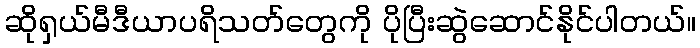
ဆိုရှယ်မီဒီယာပရိသတ်တွေကို ပိုပြီးဆွဲဆောင်နိုင်ပါတယ်။